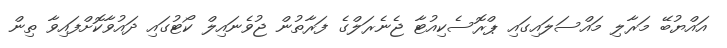
އައްޔުބޭ މަރާލި މައްސަލައިގައި ޕްރޮސެކިއުޓާ ޖެނެރަލްގެ ފަރާތުން ޖުވެނައިލް ކޯޓުގައި ދައުވާކޮށްފައިވާ ތިން